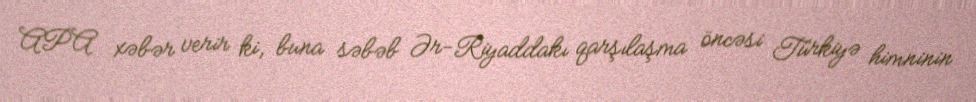
APA xəbər verir ki, buna səbəb Ər-Riyaddakı qarşılaşma öncəsi Türkiyə himninin